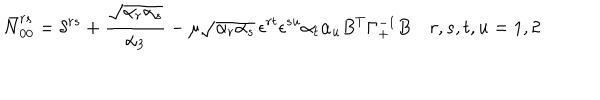
LaTeX: \bar { N } _ { 0 0 } ^ { r s } = \delta ^ { r s } + { \frac { \sqrt { \alpha _ { r } \alpha _ { s } } } { \alpha _ { 3 } } } - \mu \sqrt { \alpha _ { r } \alpha _ { s } } \, \epsilon ^ { r t } \epsilon ^ { s u } \alpha _ { t } \alpha _ { u } B ^ { T } \Gamma _ { + } ^ { - 1 } B \quad r , s , t , u = 1 , 2